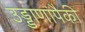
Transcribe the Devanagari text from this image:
उड्डाणांपैकी